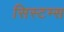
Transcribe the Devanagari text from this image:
सिस्‍टम्स